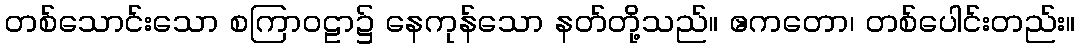
တစ်သောင်းသော စကြာဝဠာ၌ နေကုန်သော နတ်တို့သည်။ ဧကတော၊ တစ်ပေါင်းတည်း။